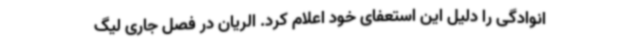
انوادگی را دلیل این استعفای خود اعلام کرد. الریان در فصل جاری لیگ